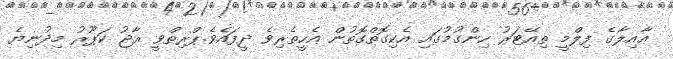
ޢާއިލާގެ ފިލްމީ ތިއޭޓަރު ހިންގުމުގައި އެކިގޮތްގޮތުން އެހީތެރިވެ ދީފައެވެ.ޕްރިތްވީ ރާޖު ކަޕޫރު މިދުނިޔެ